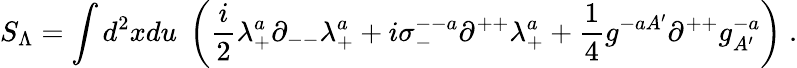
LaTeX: S_{\Lambda}=\int d^{2}xdu\; \left({\frac{i}{2}}\lambda_{+}^{a}\partial_{--}\lambda_{+}^{a}+i\sigma_{-}^{--a}\partial^{++}\lambda_{+}^{a}+{\frac{1}{4}}g^{-aA^{\prime}}\partial^{++}g_{A^{\prime}}^{-a}\right)\; .